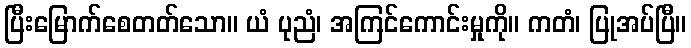
ပြီးမြောက်စေတတ်သော။ ယံ ပုညံ၊ အကြင်ကောင်းမှုကို။ ကတံ၊ ပြုအပ်ပြီ။